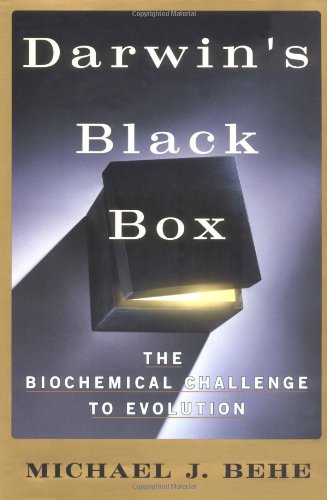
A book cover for DARWIN'S BLACK BOX: The Biochemical Challenge to Evolution; Michael J. Behe; Science & Math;